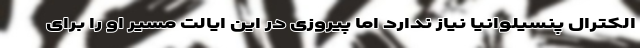
الکترال پنسیلوانیا نیاز ندارد اما پیروزی در این ایالت مسیر او را برای